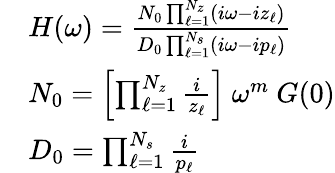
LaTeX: \begin{array}{r}{\begin{array}{rl}&{H(\omega)=\frac{N_{0}\prod_{\ell=1}^{N_{z}}(i\omega-iz_{\ell})}{D_{0}\prod_{\ell=1}^{N_{s}}(i\omega-ip_{\ell})}}\\ &{N_{0}=\left[\prod_{\ell=1}^{N_{z}}\frac{i}{z_{\ell}}\right]~\omega^{m}~G(0)}\\ &{D_{0}=\prod_{\ell=1}^{N_{s}}\frac{i}{p_{\ell}}}\end{array}}\end{array}